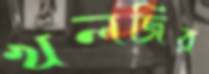
খলজির